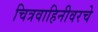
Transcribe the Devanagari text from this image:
चित्रवाहिनीवरचे